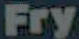
Fry